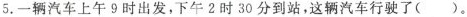
5.一辆汽车上午9时出发，下午2时30分到站，这辆汽车行驶了()。